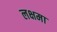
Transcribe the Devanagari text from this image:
लक्षमा